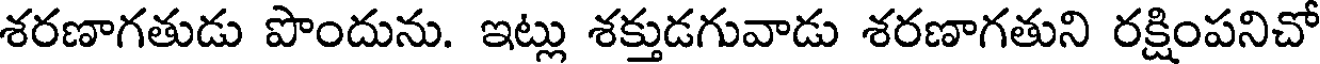
శరణాగతుడు పొందును. ఇట్లు శక్తుడగువాడు శరణాగతుని రక్షింపనిచో